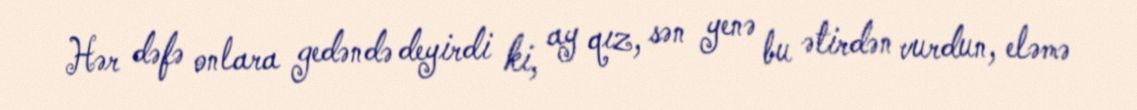
Hər dəfə onlara gedəndə deyirdi ki, ay qız, sən yenə bu ətirdən vurdun, eləmə